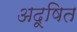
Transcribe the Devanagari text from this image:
अदूषित